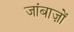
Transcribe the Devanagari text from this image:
जांबाज़ों